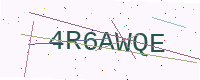
Text: 4R6AWQE